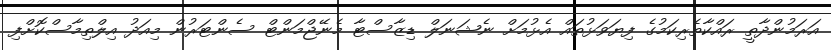
އަރަމުންދާތީ ރައްކާތެރިކަމުގެ ފިޔަވަޅުތައް އެޅުމަށް ނެޝަނަލް ޑިޒާސްޓާ މެނޭޖްމަންޓް ސެންޓަރުން މިއަދު އިލްތިމާސްކޮށްފި